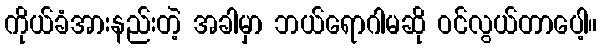
ကိုယ်ခံအားနည်းတဲ့ အခါမှာ ဘယ်ရောဂါမဆို ဝင်လွယ်တာပေါ့။